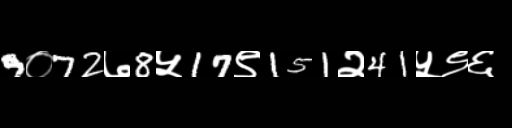
Text: 9०72७8५17९151२41५९६